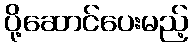
ပို့ဆောင်ပေးမည့်